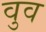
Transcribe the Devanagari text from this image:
वुव